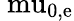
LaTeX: \mathrm{\ mu_{0,e}}